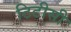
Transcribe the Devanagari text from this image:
टिटीसी